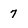
Character: 7